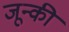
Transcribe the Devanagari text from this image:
जून्की